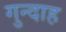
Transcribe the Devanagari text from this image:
गुन्दाह